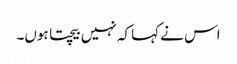
اس نے کہا کہ نہیں بیچتا ہوں۔